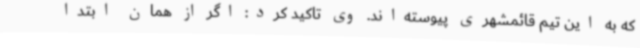
که به این تیم قائمشهری پیوسته‌اند. وی تاکید کرد: اگر از همان ابتدا